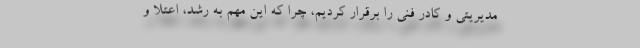
مدیریتی و کادر فنی را برقرار کردیم، چرا که این مهم به رشد، اعتلا و